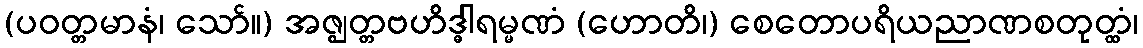
(ပဝတ္တမာနံ၊ သော်။) အဇ္ဈတ္တဗဟိဒ္ဓါရမ္မဏံ (ဟောတိ၊) စေတောပရိယညာဏစတုတ္ထံ၊